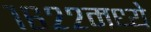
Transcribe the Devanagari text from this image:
१६२२मध्ये